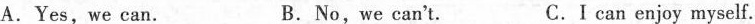
A.Yes,we can. B.No, we can't. C.I can enjoy myself.